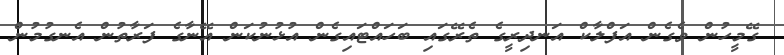
ގޭމީހުން ވެގެން އަފްލާކް އަނދިރީގެ ތެރޭގައި ބަހައްޓައިގެން އުޅުނުކަން އޭނާގެ ފަރާތުން އެނގުމުން